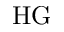
\mathrm { H G }